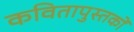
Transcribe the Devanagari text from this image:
कवितापुस्तकों